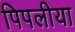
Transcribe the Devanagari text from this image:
पिपलीया